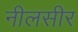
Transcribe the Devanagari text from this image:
नीलसीर